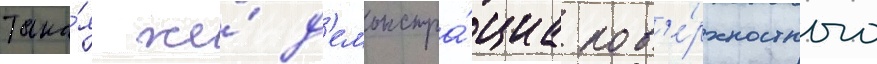
Така́я же́ д'емонстра́циа пов'е́рхностного